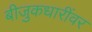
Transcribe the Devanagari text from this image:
बीजुकधारींवर